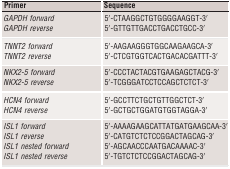
| Primer | Sequence |
 | --- | --- |
 | GAPDH forward | 5′-CTAAGGCTGTGGGGAAGGT-3′ |
 | GAPDH reverse | 5′-GTTGTTGACCTGACCTGCC-3′ |
 | TNNT2 forward | 5′-AAGAAGGGTGGCAAGAAGCA-3′ |
 | TNNT2 reverse | 5′-CTCGTGGTCACTGACACGATTT-3′ |
 | NKX2-5 forward | 5′-CCCTACTACGTGAAGAGCTACG-3′ |
 | NKX2-5 reverse | 5′-TCGGGATCCTCCAGCTCTCT-3′ |
 | HCN4 forward | 5′-GCCTTCTGCTGTTGGCTCT-3′ |
 | HCN4 reverse | 5′-GCTGCTGGATGTGGTAGGA-3′ |
 | ISL1 forward | 5′-AAAAGAAGCATTATGATGAAGCAA-3′ |
 | ISL1 reverse | 5′-CATGTCTCTCCGGACTAGCAG-3′ |
 | ISL1 nested forward | 5′-AGCAACCCAATGACAAAAC-3′ |
 | ISL1 nested reverse | 5′-TGTCTCTCCGGACTAGCAG-3′ |